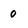
Character: 0